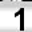
Digit: 1